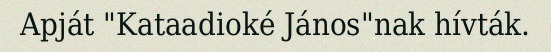
Apját "Kataadioké János"nak hívták.